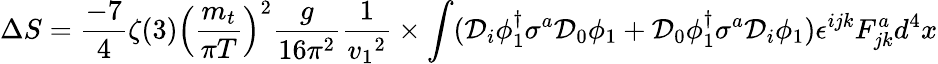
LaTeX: \Delta S={\frac{-7}{4}}{\zeta(3)}{\left(\frac{m_{t}}{\pi T}\right)^{2}}{\frac{g}{16{{\pi}^{2}}}}{\frac{1}{{v_{1}}^{2}}}\times\int({\cal D}_{i}\phi_{1}^{\dagger}\sigma^{a}{\cal D}_{0}\phi_{1}+{\cal D}_{0}\phi_{1}^{\dagger}\sigma^{a}{\cal D}_{i}\phi_{1})\epsilon^{ijk}F_{jk}^{a}d^{4}x